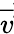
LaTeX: \overrightarrow{v}